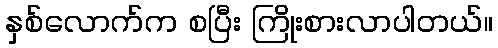
နှစ်လောက်က စပြီး ကြိုးစားလာပါတယ်။